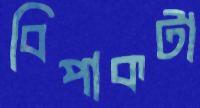
বিপাকটা